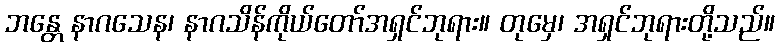
ဘန္တေ နာဂသေန၊ နာဂသိန်ကိုယ်တော်အရှင်ဘုရား။ တုမှေ၊ အရှင်ဘုရားတို့သည်။